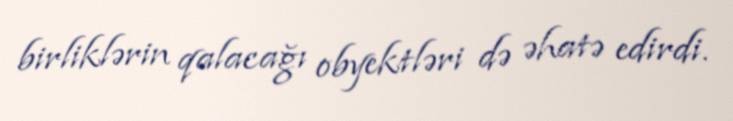
birliklərin qalacağı obyektləri də əhatə edirdi.